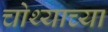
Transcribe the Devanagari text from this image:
चोथ्याच्या